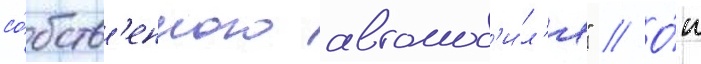
со́бств'енного автомоб'и́л'я" // О́н